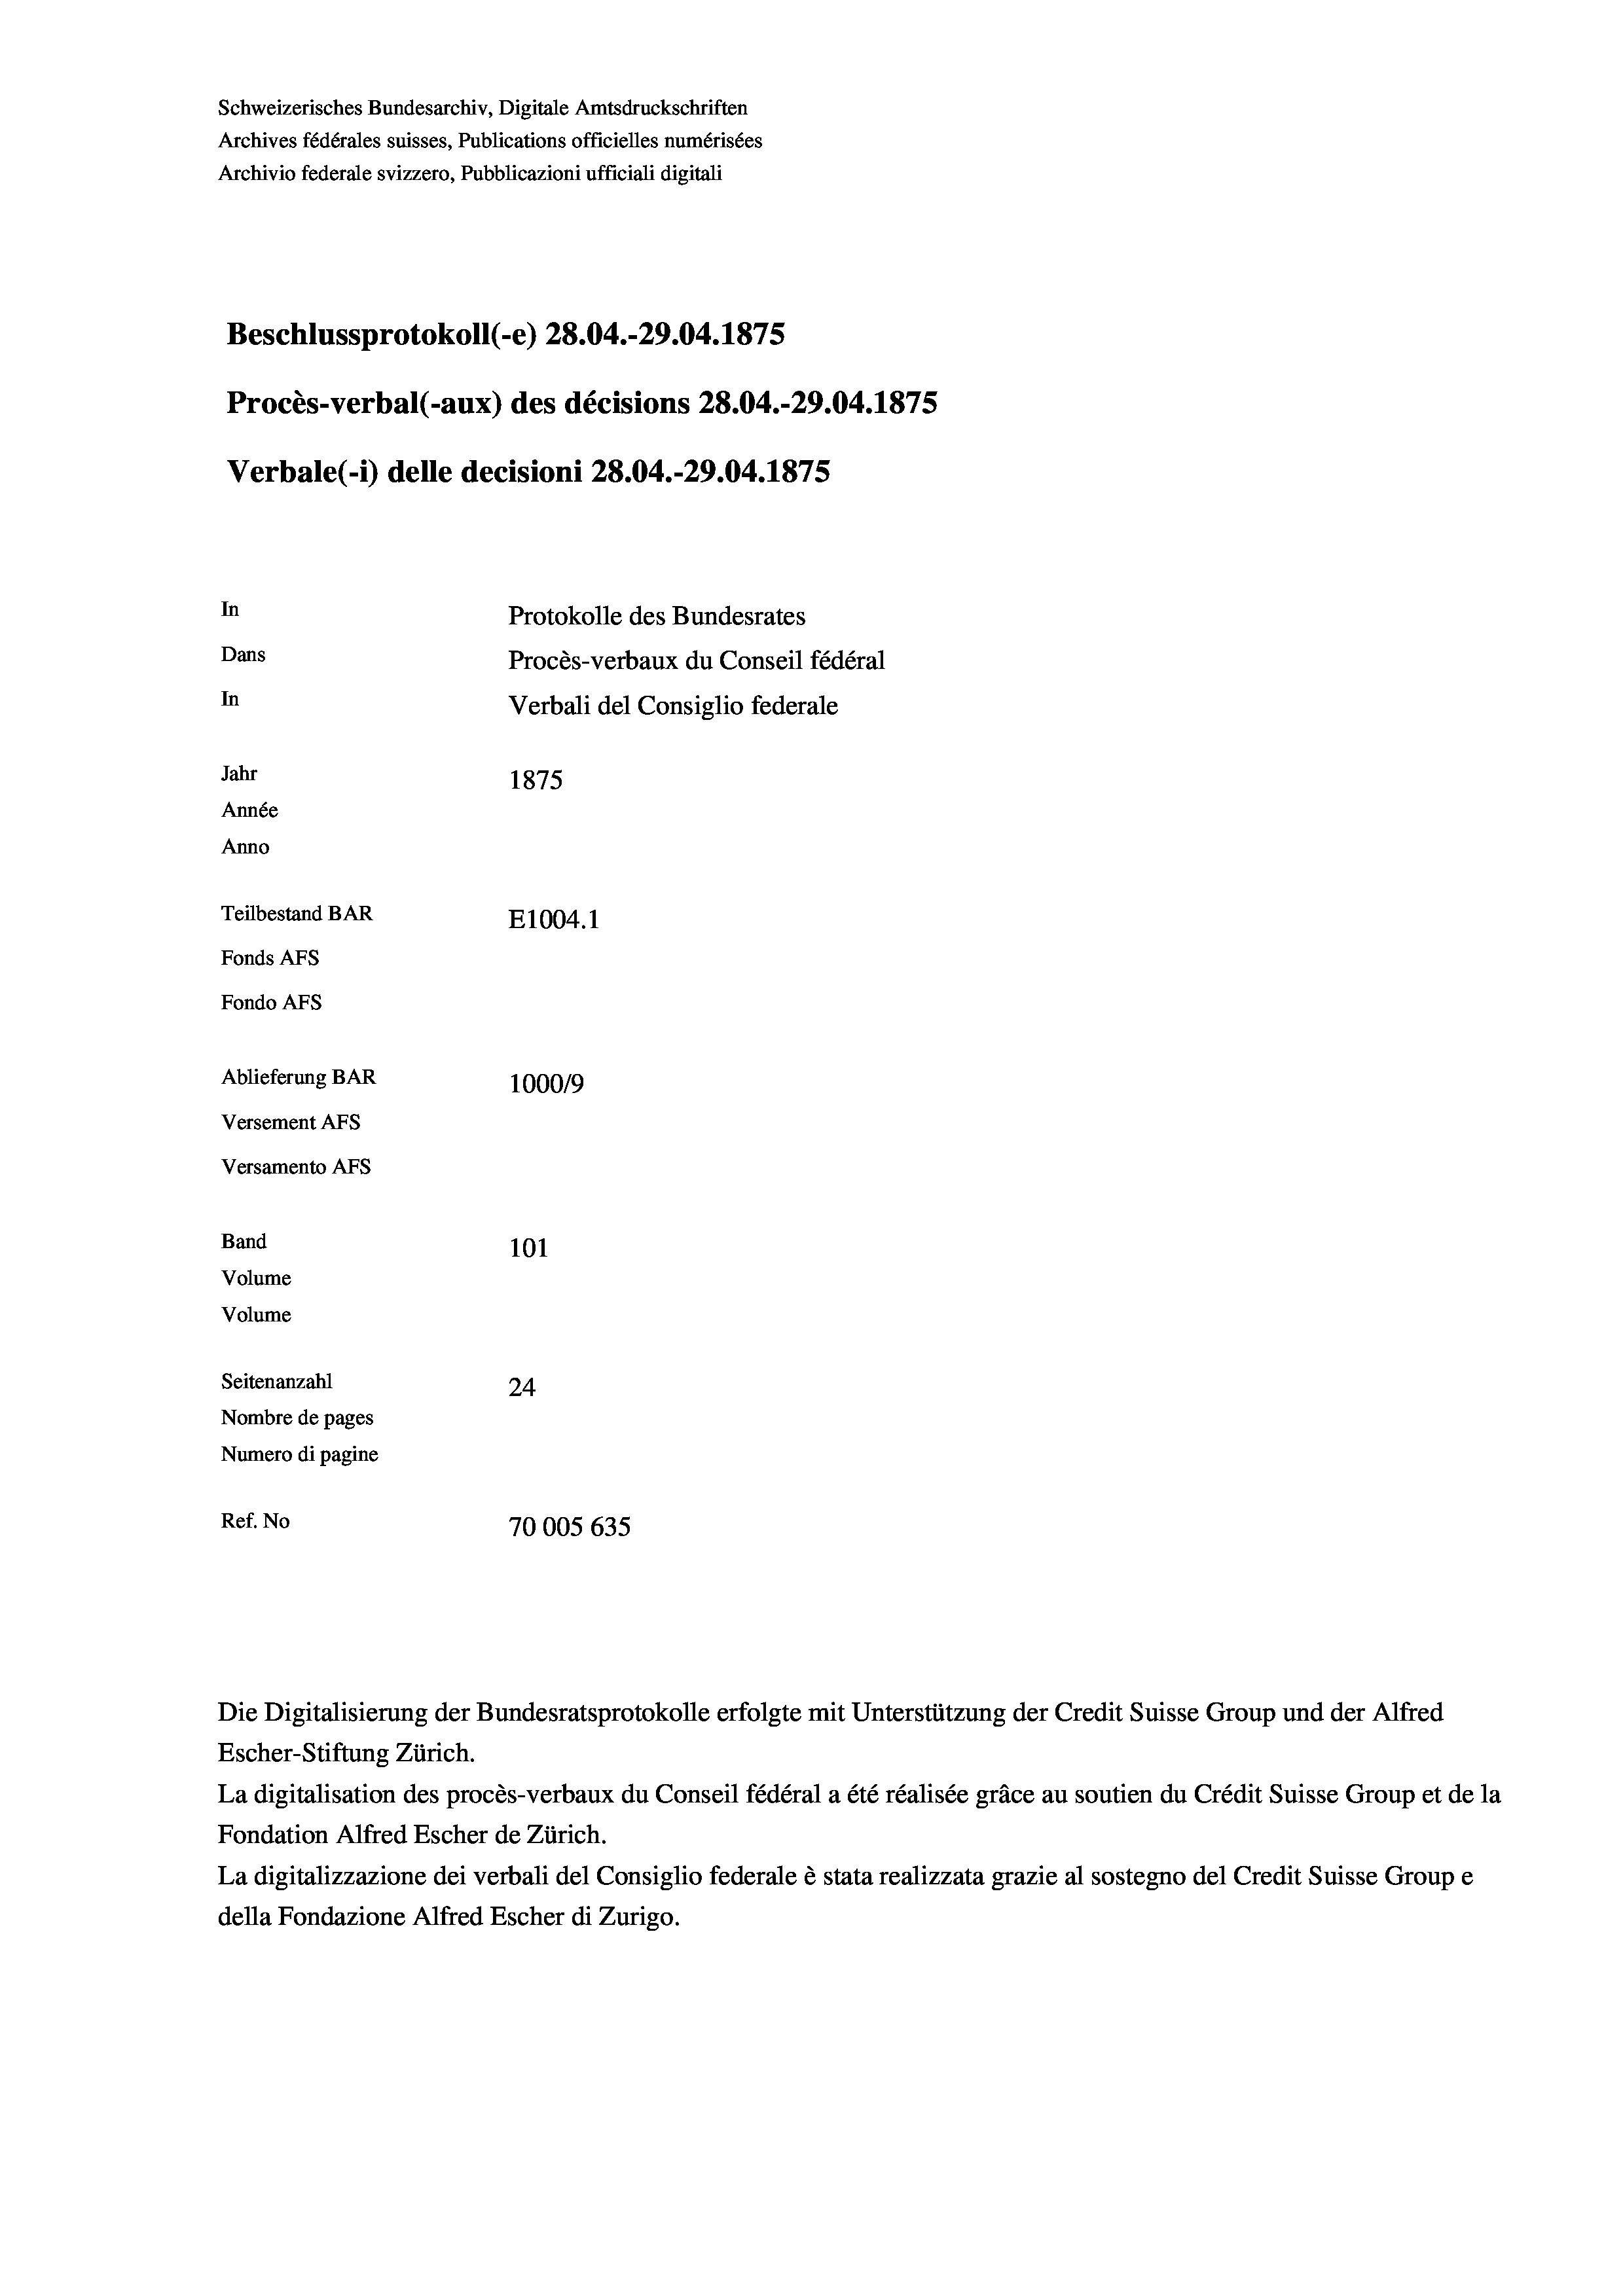
Schweizerisches Bundesarchiv, Digitale Amtsdruckschriften
Archives fédérales suisses, Publications officielles numérisées
Archivio federale svizzero, Pubblicazioni ufficiali digitali
Beschlussprotokoll (-e) 28.04.-29.04. 1875
Procès-verbal (-aux) des décisions 28.04.-29.04. 1875
Verbale (i) delle decisioni 28.04.-29.04. 1875
In
Protokolle des Bundesrates
Dans
Procès-verbaux du Conseil fédéral
In
Verbali del Consiglio federale
Jahr
1875
Année
Anno
Teilbestand BAR
E1004. 1
Fonds AFs
Fondo Afs
Ablieferung BAR
100019
Versement AFs
Versamento Afs
Band
101
Volume
Volume
Seitenanzahl
24
Nombre de pages
Numero di pagine
Ref. No
70005 635

Die Digitalisierung der Bundesratsprotokolle erfolgte mit Unterstützung der Credit Suisse Group und der Alfred
Escher-Stiftung Zürich.
La digitalisation des procès-verbaux du Conseil fédéral a été réalisée gräce au soutien du Crédit Suisse Group et de la
Fondation Alfred Escher de Zürich.
La digitalizzazione dei verbali del Consiglio federale è stata realizzata grazie al sostegno del Credit Suisse Groupe
della Fondazione Alfred Escher di Zurigo.